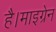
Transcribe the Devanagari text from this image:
है।माइग्रेन